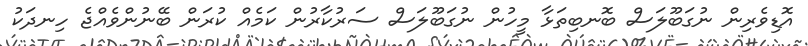
އޮޑިވެރިން ނުގަބޫލަސް ބޮނބިތަޅާ މީހުން ނުގަބޫލަސް ސަރުކާރުން ކަމެއް ކުރަން ބޭނުންވެއްޖެ ހިނދަކު